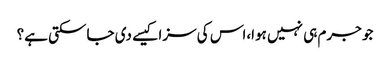
جو جرم ہی نہیں ہوا،اس کی سزا کیسے دی جاسکتی ہے؟